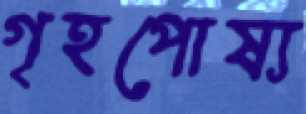
গৃহপোষ্য